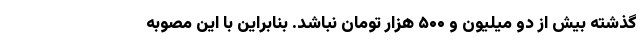
گذشته بیش از دو میلیون و ۵۰۰ هزار تومان نباشد. بنابراین با این مصوبه